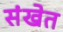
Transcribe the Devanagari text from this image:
संखेत